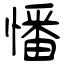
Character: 憣